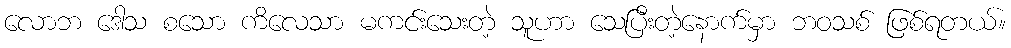
လောဘ ဒေါသ စသော ကိလေသာ မကင်းသေးတဲ့ သူဟာ သေပြီးတဲ့နောက်မှာ ဘဝသစ် ဖြစ်ရတယ်။